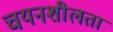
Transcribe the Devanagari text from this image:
चयनशीलता